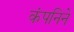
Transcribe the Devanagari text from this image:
कंपनिने